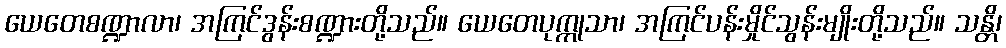
ယေတေစဏ္ဍာလာ၊ အကြင်ဒွန်းစဏ္ဍားတို့သည်။ ယေတေပုက္ကုသာ၊ အကြင်ပန်းမှိုင်သွန်းမျိုးတို့သည်။ သန္တိ၊